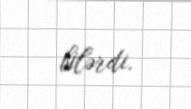
bilərdi.